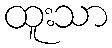
ထူးသာ